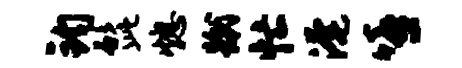
钧髭熄蹴忙淹嘻